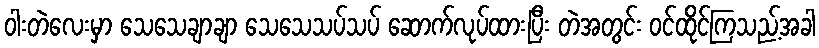
ဝါးတဲလေးမှာ သေသေချာချာ သေသေသပ်သပ် ဆောက်လုပ်ထားပြီး တဲအတွင်း ဝင်ထိုင်ကြသည့်အခါ